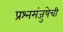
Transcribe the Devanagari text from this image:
प्रश्नमंजुषेची